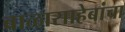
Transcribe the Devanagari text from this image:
बाळासाहेबांचा